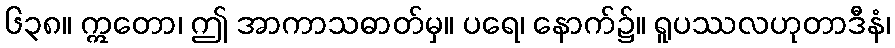
၆၃၈။ ဣတော၊ ဤ အာကာသဓာတ်မှ။ ပရေ၊ နောက်၌။ ရူပဿလဟုတာဒီနံ၊